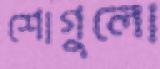
শোগুলো